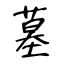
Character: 墓